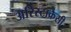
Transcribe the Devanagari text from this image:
अरिस्टाक्रैसी